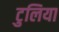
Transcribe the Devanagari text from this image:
टुलिया